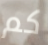
كم